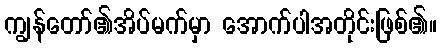
ကျွန်တော်၏အိပ်မက်မှာ အောက်ပါအတိုင်းဖြစ်၏။